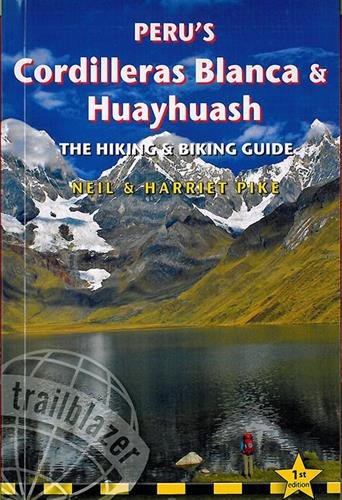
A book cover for Peru's Cordilleras Blanca & Huayhuash: The Hiking & Biking Guide (Trailblazer); Neil Pike; Travel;